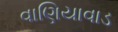
વાણિયાવાડ